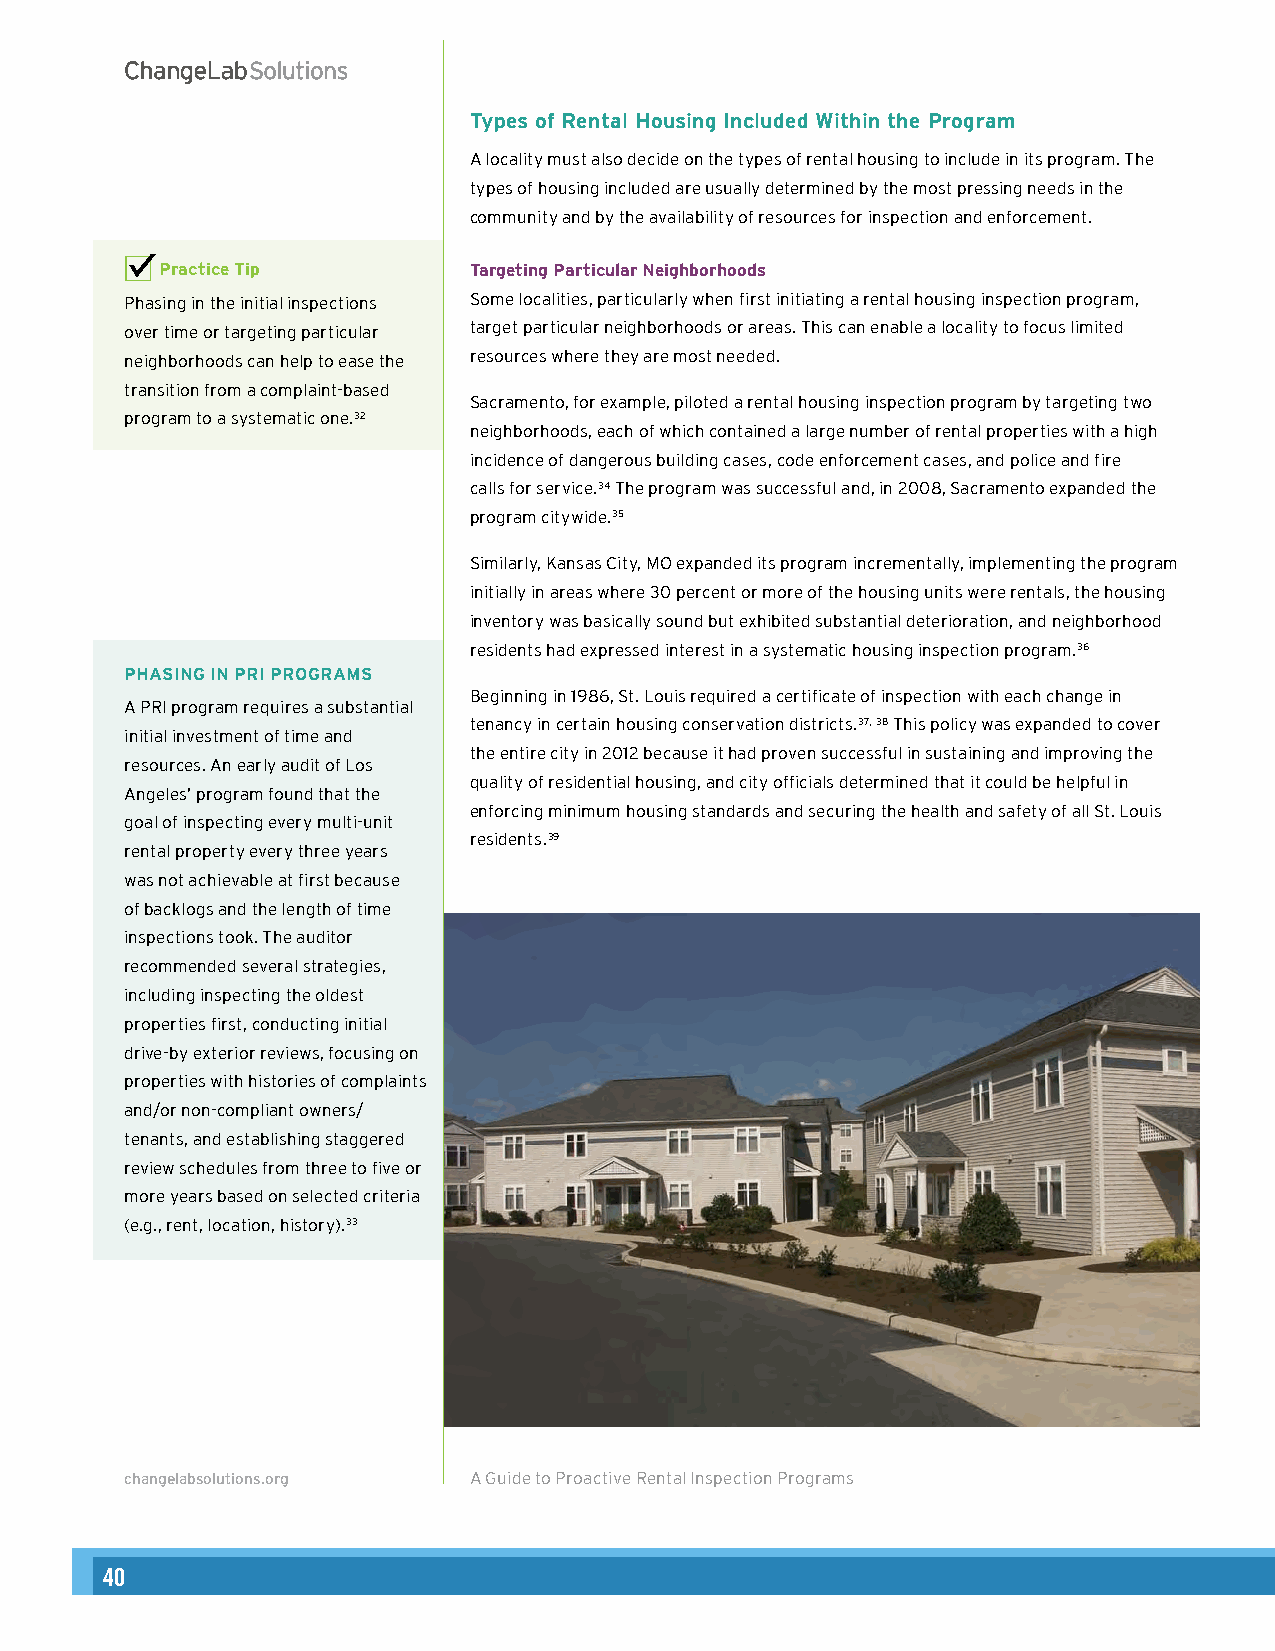
Types of Rental Housing Included Within the Program
 A locality must also decide on the types of rental housing to include in its program. The
 types of housing included are usually determined by the most pressing needs in the
 community and by the availability of resources for inspection and enforcement.
 Practice Tip        Targeting Particular Neighborhoods
 Phasing in the initial inspections Some localities, particularly when first initiating a rental housing inspection program,
 over time or targeting particular target particular neighborhoods or areas. This can enable a locality to focus limited
 neighborhoods can help to ease the resources where they are most needed.
 transition from a complaint-based
 Sacramento, for example, piloted a rental housing inspection program by targeting two
 program to a systematic one.32
 neighborhoods, each of which contained a large number of rental properties with a high
 incidence of dangerous building cases, code enforcement cases, and police and fire
 calls for service.34 The program was successful and, in 2008, Sacramento expanded the
 program citywide.35
 Similarly, Kansas City, MO expanded its program incrementally, implementing the program
 initially in areas where 30 percent or more of the housing units were rentals, the housing
 inventory was basically sound but exhibited substantial deterioration, and neighborhood
 residents had expressed interest in a systematic housing inspection program.36
 PHASING IN PRI PROGRAMS
 Beginning in 1986, St. Louis required a certificate of inspection with each change in
 A PRI program requires a substantial
 tenancy in certain housing conservation districts.37, 38 This policy was expanded to cover
 initial investment of time and
 the entire city in 2012 because it had proven successful in sustaining and improving the
 resources. An early audit of Los
 quality of residential housing, and city officials determined that it could be helpful in
 Angeles’ program found that the
 enforcing minimum housing standards and securing the health and safety of all St. Louis
 goal of inspecting every multi-unit
 residents.39
 rental property every three years
 was not achievable at first because
 of backlogs and the length of time
 inspections took. The auditor
 recommended several strategies,
 including inspecting the oldest
 properties first, conducting initial
 drive-by exterior reviews, focusing on
 properties with histories of complaints
 and/or non-compliant owners/
 tenants, and establishing staggered
 review schedules from three to five or
 more years based on selected criteria
 (e.g., rent, location, history).33
 changelabsolutions.org A Guide to Proactive Rental Inspection Programs 8
 40                                                                                                                                                        41